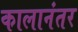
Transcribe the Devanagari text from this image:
कालानंतर